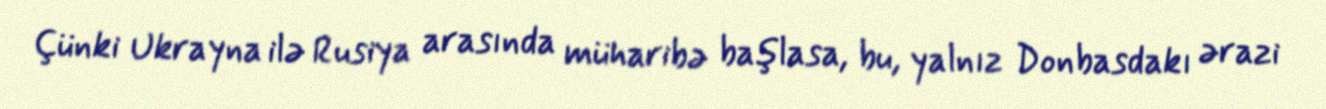
Çünki Ukrayna ilə Rusiya arasında müharibə başlasa, bu, yalnız Donbasdakı ərazi